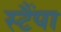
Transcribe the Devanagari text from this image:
स्टैंपा